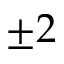
\pm 2